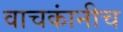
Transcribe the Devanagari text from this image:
वाचकांनीच